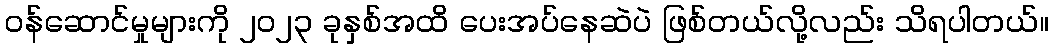
ဝန်ဆောင်မှုများကို ၂၀၂၃ ခုနှစ်အထိ ပေးအပ်နေဆဲပဲ ဖြစ်တယ်လို့လည်း သိရပါတယ်။